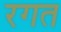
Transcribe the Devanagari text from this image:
रगत